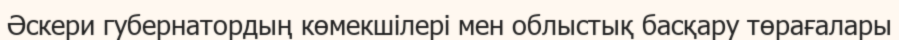
Әскери губернатордың көмекшілері мен облыстық басқару төрағалары